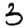
Digit: 3